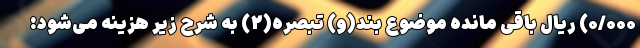
۰/۰۰۰) ریال باقی مانده موضوع بند(و) تبصره(۲) به شرح زیر هزینه می‌شود: